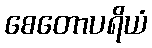
စေတောပရိယံ